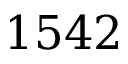
1 5 4 2